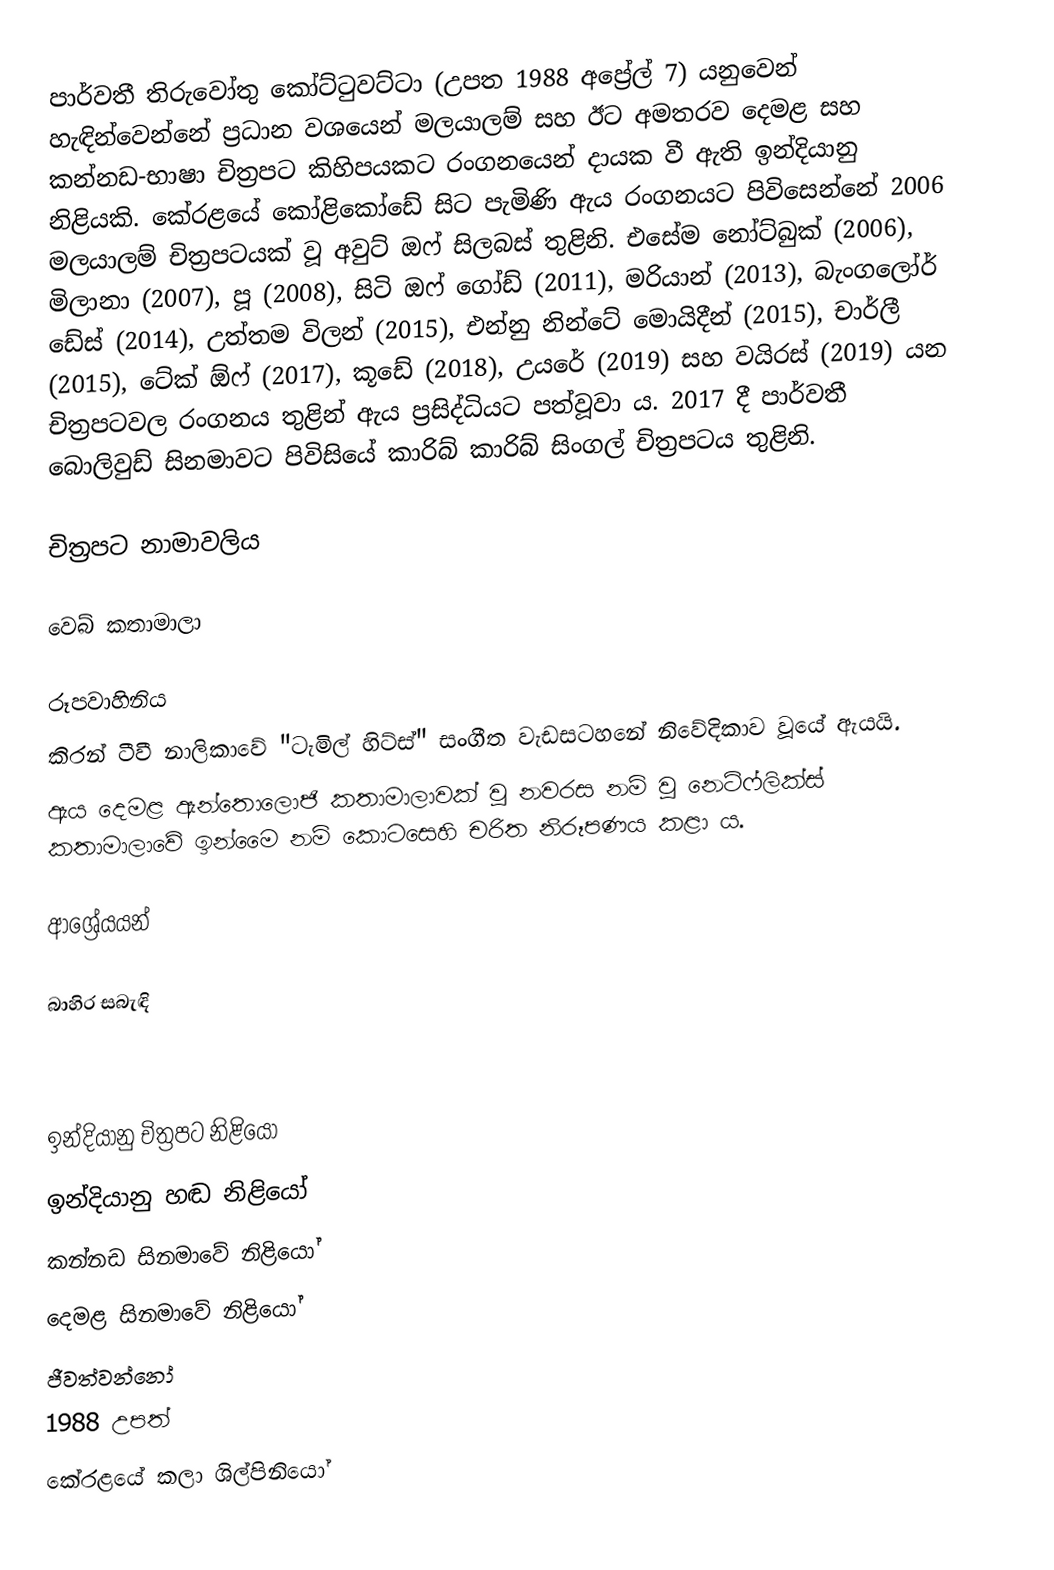
පාර්වතී තිරුවෝතු කෝට්ටුවට්ටා (උපත 1988 අප්‍රේල් 7) යනුවෙන් හැඳින්වෙන්නේ ප්‍රධාන වශයෙන් මලයාලම් සහ ඊට අමතරව දෙමළ සහ කන්නඩ-භාෂා චිත්‍රපට කිහිපයකට රංගනයෙන් දායක වී ඇති ඉන්දියානු නිළියකි. කේරළයේ කෝළිකෝඩේ සිට පැමිණි ඇය රංගනයට පිවිසෙන්නේ 2006 මලයාලම් චිත්‍රපටයක් වූ අවුට් ඔෆ් සිලබස් තුළිනි. එසේම නෝට්බුක් (2006), මිලානා (2007), පූ (2008), සිටි ඔෆ් ගෝඩ් (2011), මරියාන් (2013), බැංගලෝර් ඩේස් (2014), උත්තම විලන් (2015), එන්නු නින්ටේ මොයිදීන් (2015), චාර්ලී (2015), ටේක් ඕෆ් (2017), කූඩේ (2018), උයරේ (2019) සහ වයිරස් (2019) යන චිත්‍රපටවල රංගනය තුළින් ඇය ප්‍රසිද්ධියට පත්වූවා ය. 2017 දී පාර්වතී බොලිවුඩ් සිනමාවට පිවිසියේ කාරිබ් කාරිබ් සිංගල් චිත්‍රපටය තුළිනි.

චිත්‍රපට නාමාවලිය

වෙබ් කතාමාලා

රූපවාහිනිය
කිරන් ටීවී නාලිකාවේ "ටැමිල් හිට්ස්" සංගීත වැඩසටහනේ නිවේදිකාව වූයේ ඇයයි.
ඇය දෙමළ ඇන්තොලොජි කතාමාලාවක් වූ නවරස නම් වූ නෙට්ෆ්ලික්ස් කතාමාලාවේ ඉන්මෛ නම් කොටසෙහි චරිත නිරූපණය කළා ය.

ආශ්‍රේයයන්

බාහිර සබැඳි

ඉන්දියානු චිත්‍රපට නිළියෝ
ඉන්දියානු හඬ නිළියෝ
කන්නඩ සිනමාවේ නිළියෝ
දෙමළ සිනමාවේ නිළියෝ
ජීවත්වන්නෝ
1988 උපත්
කේරළයේ කලා ශිල්පිනියෝ